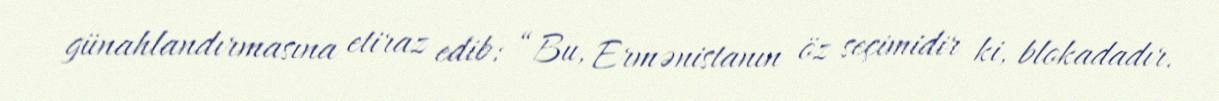
günahlandırmasına etiraz edib: “Bu, Ermənistanın öz seçimidir ki, blokadadır.